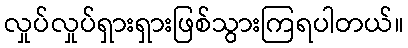
လှုပ်လှုပ်ရှားရှားဖြစ်သွားကြရပါတယ်။